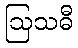
ဩသဓီ